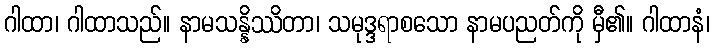
ဂါထာ၊ ဂါထာသည်။ နာမသန္နိဿိတာ၊ သမုဒ္ဒရာစသော နာမပညတ်ကို မှီ၏။ ဂါထာနံ၊